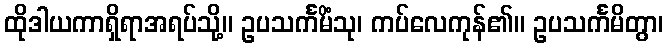
ထိုဒါယကာရှိရာအရပ်သို့။ ဥပသင်္ကမိံသု၊ ကပ်လေကုန်၏။ ဥပသင်္ကမိတွာ၊